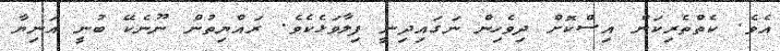
އެވެ. ކެތްތެރިކަން އިސްކޮށް ދިވެހިން ނަގައިދިނީ ފިލާވަޅެކެވެ. ރައްޔިތުން ނޫނެކޭ ބުނީ އަނިޔާ